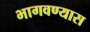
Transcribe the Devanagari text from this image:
भागवण्यास